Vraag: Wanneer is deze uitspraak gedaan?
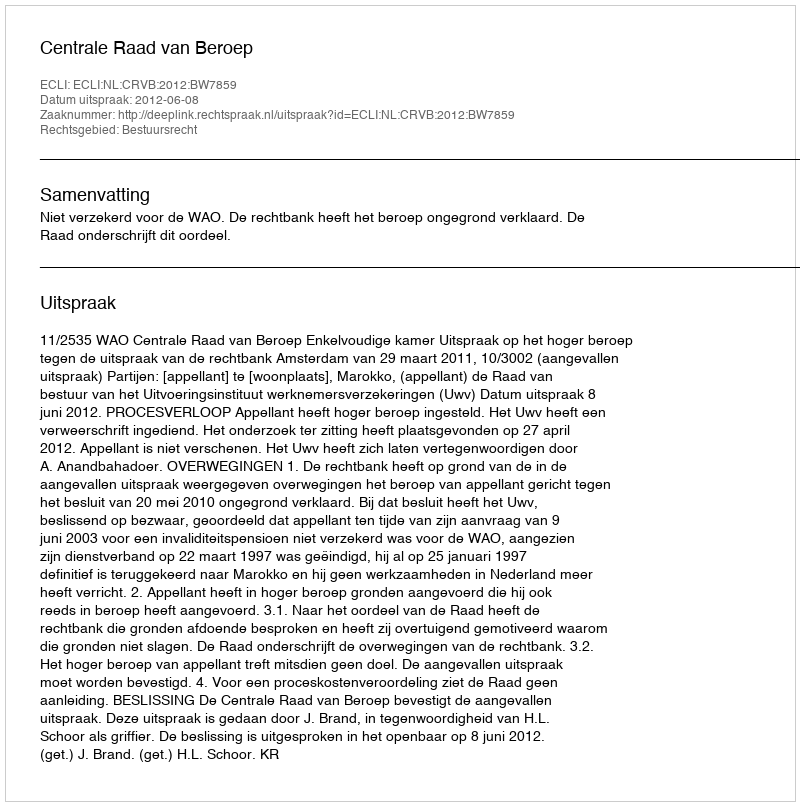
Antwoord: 2012-06-08